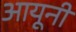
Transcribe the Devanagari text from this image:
आयूनी